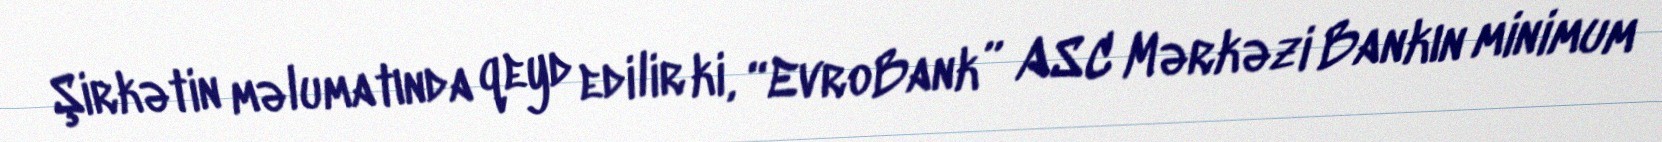
Şirkətin məlumatında qeyd edilir ki, “EvroBank” ASC Mərkəzi Bankın minimum